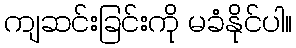
ကျဆင်းခြင်းကို မခံနိုင်ပါ။